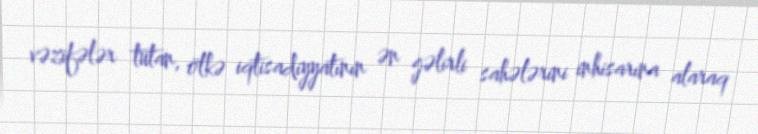
vəzifələr tutan, ölkə iqtisadiyyatının ən gəlirli sahələrini inhisarına alaraq